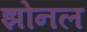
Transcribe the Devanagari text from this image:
झोनल